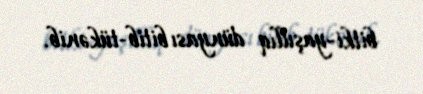
bitki-yaşıllıq dünyası bitib-tükənib.